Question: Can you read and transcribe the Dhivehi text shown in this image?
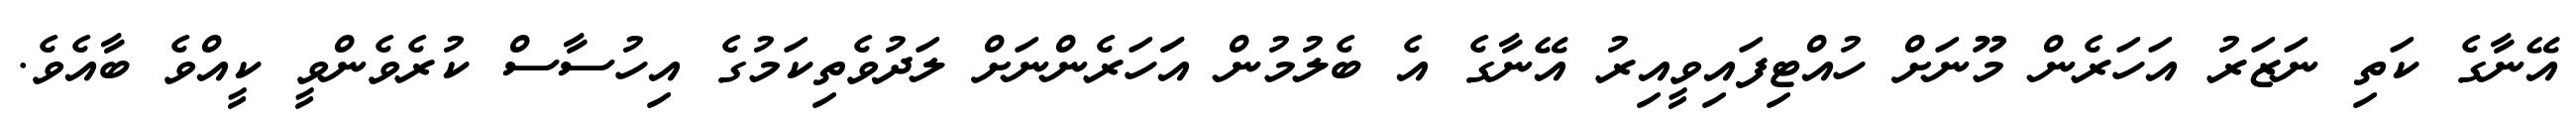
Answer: އޭނާގެ ކަތި ނަޒަރު އަހަރެން މޫނަށް ހުއްޓިފައިވީއިރު އޭނާގެ އެ ބެލުމުން އަަހަރެންނަށް ލަދުވެތިކަމުގެ އިހުސާސް ކުރެވެންވީ ކީއްވެ ބާއެވެ.